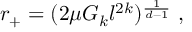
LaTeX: r _ { + } = ( 2 \mu G _ { k } l ^ { 2 k } ) ^ { \frac { 1 } { d - 1 } } \; ,